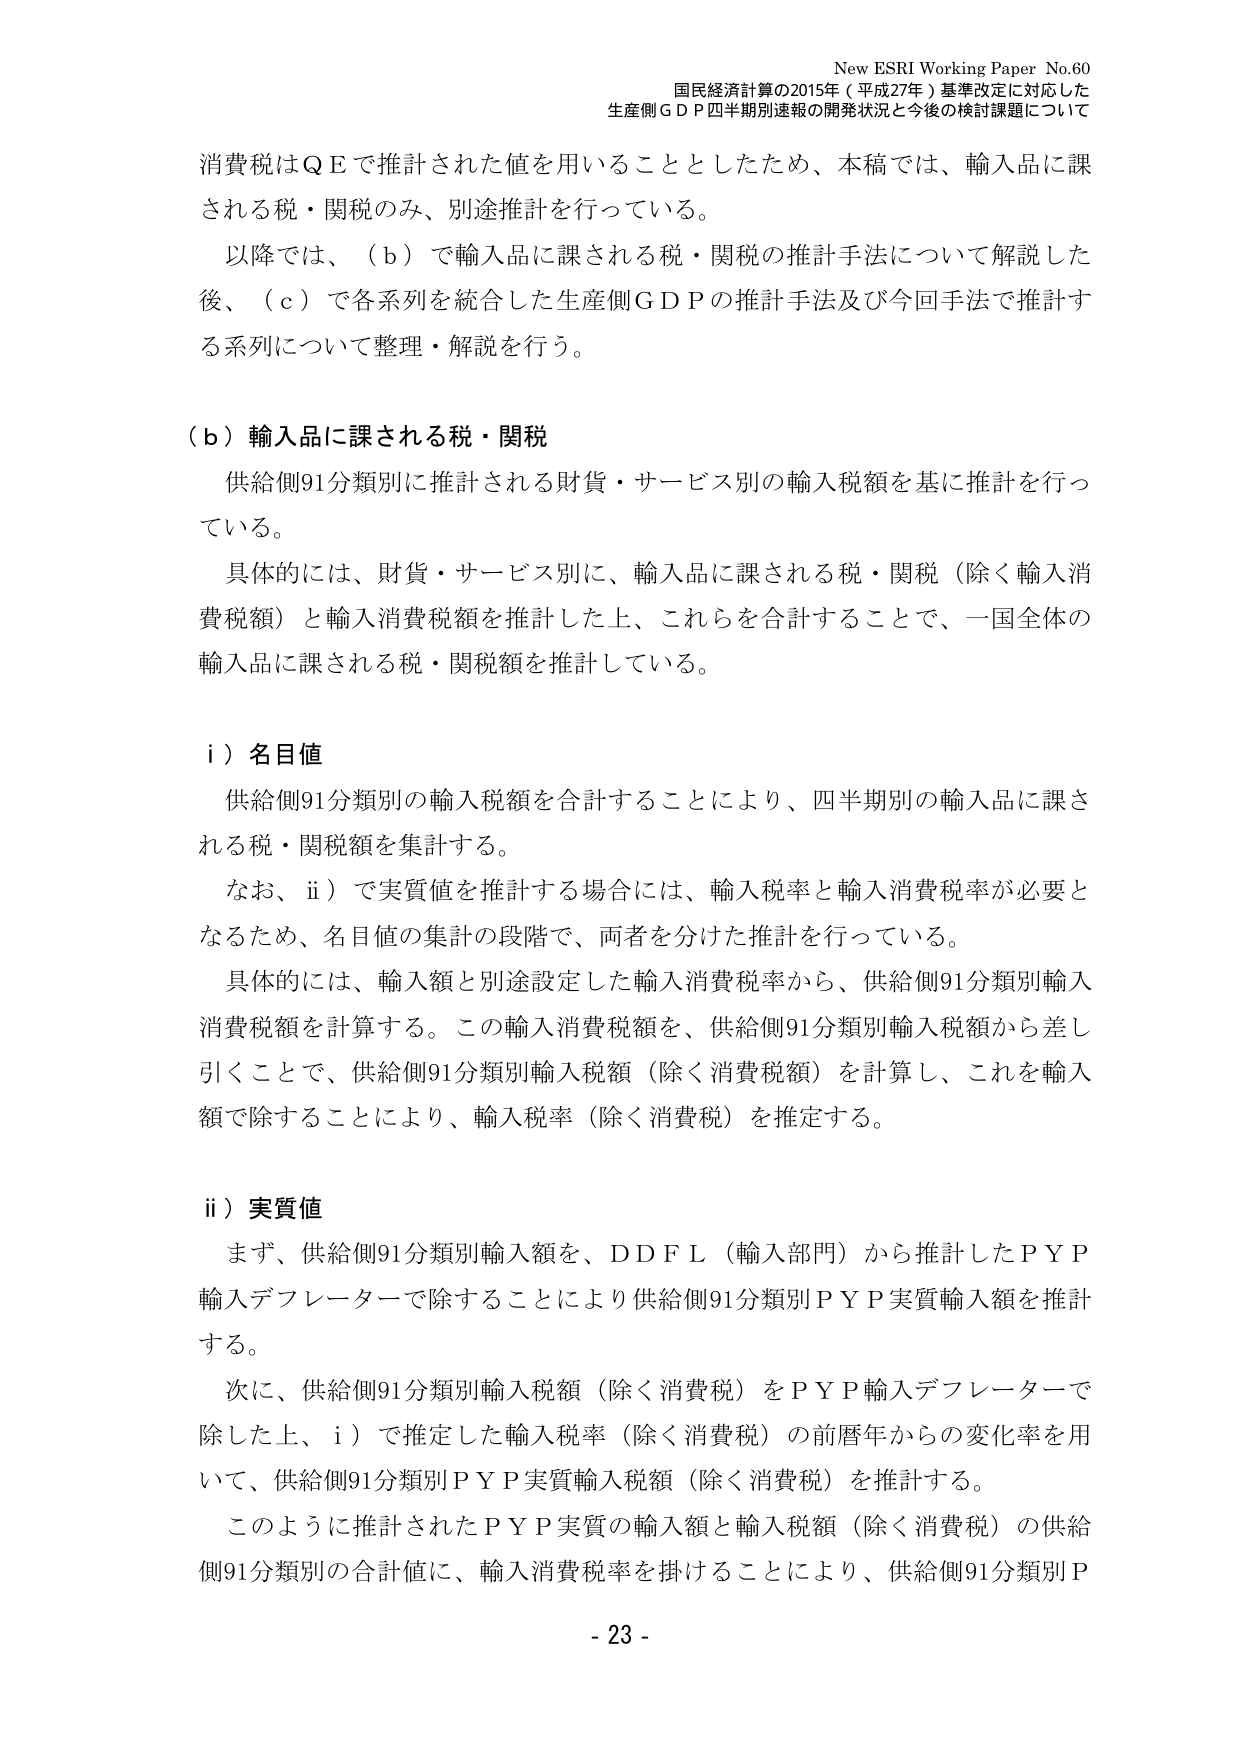
New ESRI Working Paper No.60
国民経済計算の2015年（平成27年）基準改定に対応した
生産側ＧＤＰ四半期別速報の開発状況と今後の検討課題について

消費税はＱＥで推計された値を用いることとしたため、本稿では、輸入品に課
される税・関税のみ、別途推計を行っている。
以降では、（ｂ）で輸入品に課される税・関税の推計手法について解説した
後、（ｃ）で各系列を統合した生産側ＧＤＰの推計手法及び今回手法で推計す
る系列について整理・解説を行う。

（ｂ）輸入品に課される税・関税
供給側91分類別に推計される財貨・サービス別の輸入税額を基に推計を行っ
ている。
具体的には、財貨・サービス別に、輸入品に課される税・関税（除く輸入消
費税額）と輸入消費税額を推計した上、これらを合計することで、一国全体の
輸入品に課される税・関税額を推計している。

ｉ）名目値
供給側91分類別の輸入税額を合計することにより、四半期別の輸入品に課さ
れる税・関税額を集計する。
なお、ｉｉ）で実質値を推計する場合には、輸入税率と輸入消費税率が必要と
なるため、名目値の集計の段階で、両者を分けた推計を行っている。
具体的には、輸入額と別途設定した輸入消費税率から、供給側91分類別輸入
消費税額を計算する。この輸入消費税額を、供給側91分類別輸入税額から差し
引くことで、供給側91分類別輸入税額（除く消費税額）を計算し、これを輸入
額で除することにより、輸入税率（除く消費税）を推定する。

ｉｉ）実質値
まず、供給側91分類別輸入額を、ＤＤＦＬ（輸入部門）から推計したＰＹＰ
輸入デフレーターで除することにより供給側91分類別ＰＹＰ実質輸入額を推計
する。
次に、供給側91分類別輸入税額（除く消費税）をＰＹＰ輸入デフレーターで
除した上、ｉ）で推定した輸入税率（除く消費税）の前暦年からの変化率を用
いて、供給側91分類別ＰＹＰ実質輸入税額（除く消費税）を推計する。
このように推計されたＰＹＰ実質の輸入額と輸入税額（除く消費税）の供給
側91分類別の合計値に、輸入消費税率を掛けることにより、供給側91分類別Ｐ

- 23 -